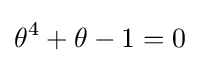
\theta ^{4}+\theta -1=0